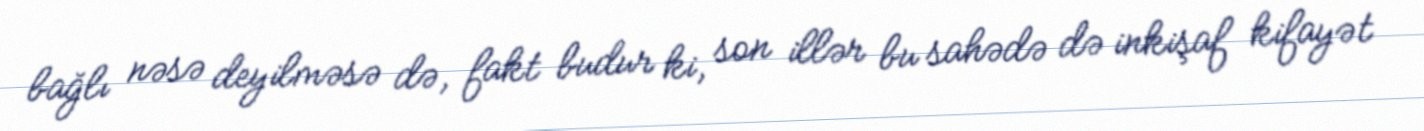
bağlı nəsə deyilməsə də, fakt budur ki, son illər bu sahədə də inkişaf kifayət